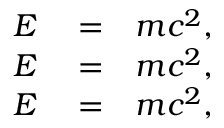
\begin{array} { r l r } { E } & { { } = } & { m c ^ { 2 } , } \\ { E } & { { } = } & { m c ^ { 2 } , } \\ { E } & { { } = } & { m c ^ { 2 } , } \end{array}